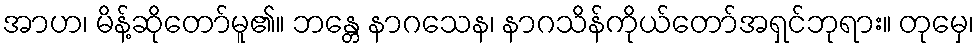
အာဟ၊ မိန့်ဆိုတော်မူ၏။ ဘန္တေ နာဂသေန၊ နာဂသိန်ကိုယ်တော်အရှင်ဘုရား။ တုမှေ၊